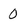
Character: 0